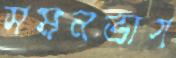
সমনভাগ